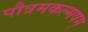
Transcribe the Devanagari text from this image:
पौत्रमकल्मषम्